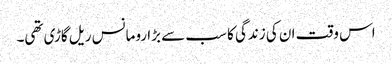
اس وقت ان کی زندگی کا سب سے بڑا رومانس ریل گاڑی تھی۔